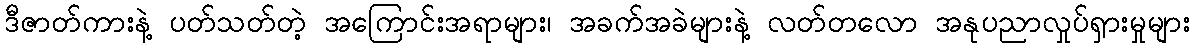
ဒီဇာတ်ကားနဲ့ ပတ်သတ်တဲ့ အကြောင်းအရာများ၊ အခက်အခဲများနဲ့ လတ်တလော အနုပညာလှုပ်ရှားမှုများ